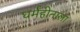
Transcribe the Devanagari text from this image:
धर्महीनाला